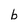
Character: b